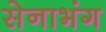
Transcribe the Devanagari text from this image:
सेनाभंग